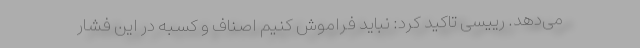
می‌دهد. رییسی تاکید کرد: نباید فراموش کنیم اصناف و کسبه در این فشار